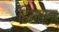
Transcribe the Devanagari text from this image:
हिरायामा